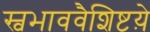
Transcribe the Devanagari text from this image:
स्वभाववैशिष्टय़े